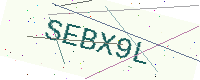
Text: SEBX9L